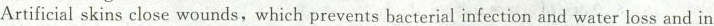
Artificial skins close wounds,which prevents bacterial infection and water loss and in